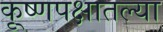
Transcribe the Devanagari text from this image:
कृ्ष्णपक्षातल्या